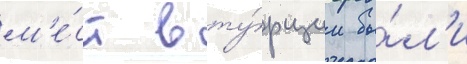
м'е́ст в ту́рции бы́л'и